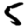
Digit: 5